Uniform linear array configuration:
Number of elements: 24
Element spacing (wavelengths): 0.75
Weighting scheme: blackman
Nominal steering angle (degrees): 0
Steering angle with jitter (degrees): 1.532
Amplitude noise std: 0.05
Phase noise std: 0.05

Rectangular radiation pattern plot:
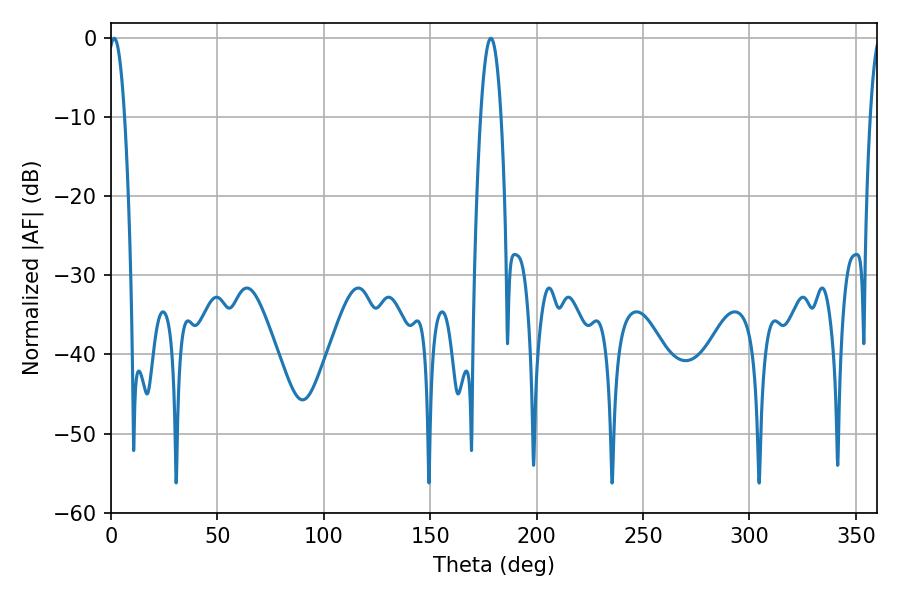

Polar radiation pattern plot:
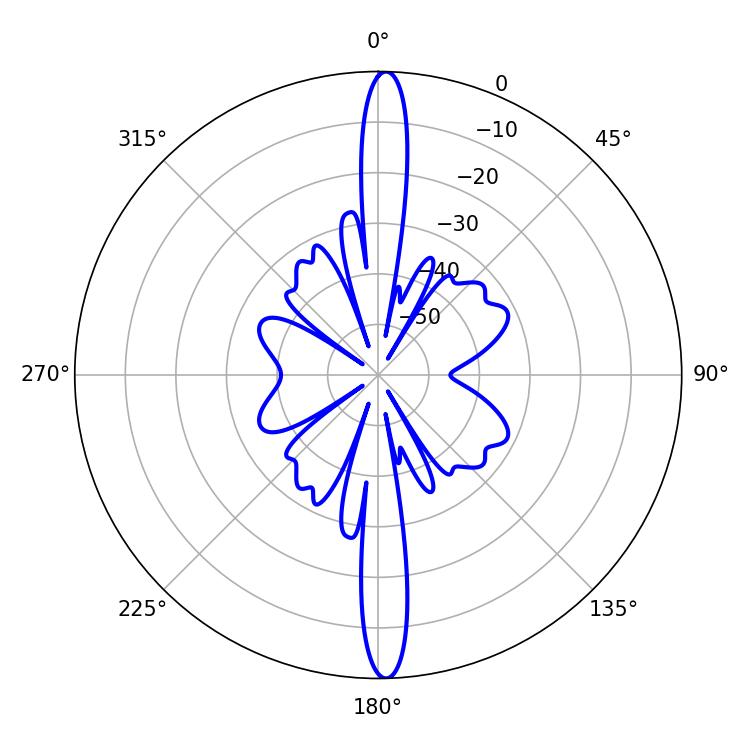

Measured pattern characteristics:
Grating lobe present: TRUE
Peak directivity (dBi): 25.691
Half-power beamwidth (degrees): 4.14
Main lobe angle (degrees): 1.44